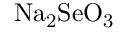
\mathrm { N a _ { 2 } S e O _ { 3 } }